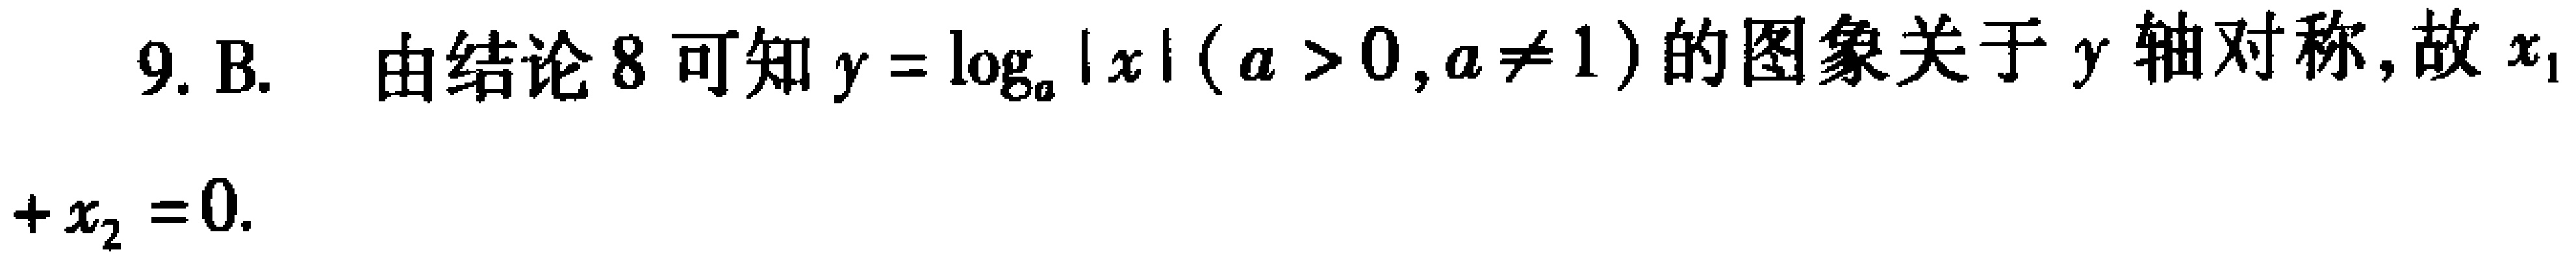
9. B. 由结论 8 可知\(y = \log_{a}|x|(a > 0,a\neq1)\)的图象关于\(y\)轴对称,故\(x_{1}+x_{2}=0\).